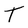
Character: T